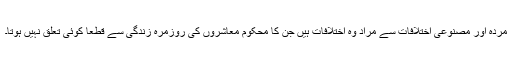
مردہ اور مصنوعی اختلافات سے مراد وہ اختلافات ہیں جن کا محکوم معاشروں کی روزمرہ زندگی سے قطعاً کوئی تعلق نہیں ہوتا۔